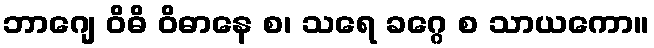
ဘာဂျေ ဝိဓိ ဝိဓာနေ စ၊ သရေ ခဂ္ဂေ စ သာယကော။